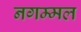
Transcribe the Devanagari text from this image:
नगम्मल